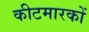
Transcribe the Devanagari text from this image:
कीटमारकों